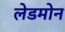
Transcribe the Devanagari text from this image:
लेडमोन